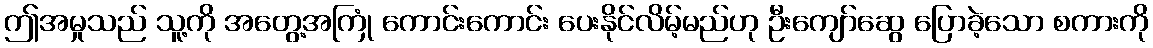
ဤအမှုသည် သူ့ကို အတွေ့အကြုံ ကောင်းကောင်း ပေးနိုင်လိမ့်မည်ဟု ဦးကျော်ဆွေ ပြောခဲ့သော စကားကို